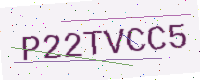
Text: P22TVCC5